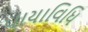
પાયાવિધિ